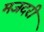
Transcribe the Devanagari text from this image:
मजदरी